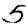
Digit: 5